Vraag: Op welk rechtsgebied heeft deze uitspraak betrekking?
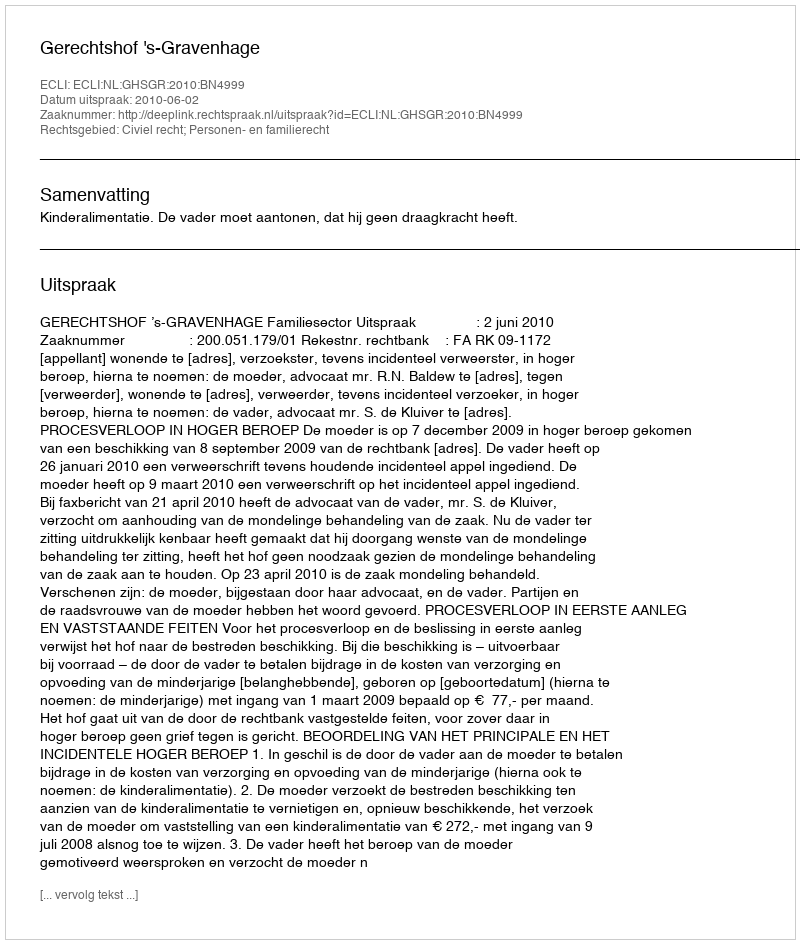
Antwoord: Civiel recht; Personen- en familierecht